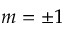
m = \pm 1